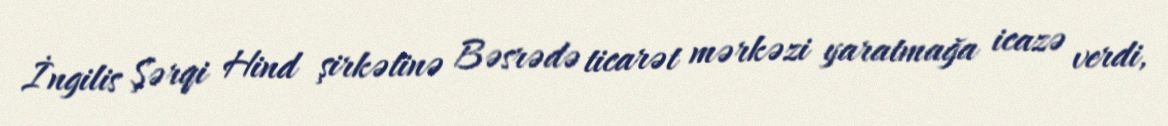
İngilis Şərqi Hind şirkətinə Bəsrədə ticarət mərkəzi yaratmağa icazə verdi,